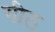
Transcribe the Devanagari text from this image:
गीठ